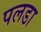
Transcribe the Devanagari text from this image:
पलडा